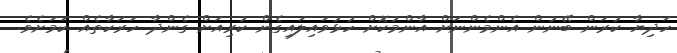
ހަދިޔާ ކުރަން ބޭނުން އެންމެންނަށް އާންމުކޮށް ހުޅުވައިލައިގެން ކުރިއަށް ގެންދާ ހަރަކާތެއް ކަމަށެވެ.